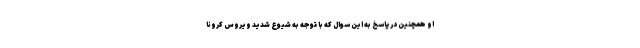
او همچنین در پاسخ به این سوال که با توجه به شیوع شدید ویروس کرونا